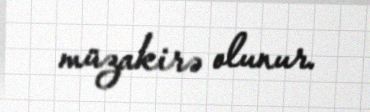
müzakirə olunur.